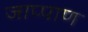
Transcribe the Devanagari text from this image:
जाप्पाण